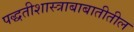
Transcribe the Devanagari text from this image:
पद्धतीशास्त्राबाबातीतील